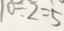
1 0 \div 2 = 5